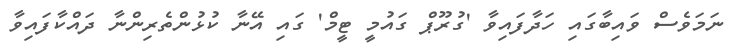
ނަމަވެސް ވައިބާގައި ހަދާފައިވާ 'ގުރޫޕް ގައުމީ ޓީމް' ގައި އޭނާ ކުޅުންތެރިންނާ ދައްކާފައިވާ